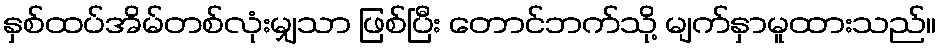
နှစ်ထပ်အိမ်တစ်လုံးမျှသာ ဖြစ်ပြီး တောင်ဘက်သို့ မျက်နှာမူထားသည်။